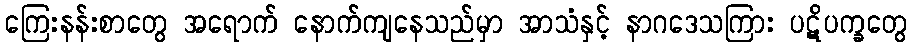
ကြေးနန်းစာတွေ အရောက် နောက်ကျနေသည်မှာ အာသံနှင့် နာဂဒေသကြား ပဋိပက္ခတွေ